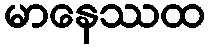
မာနေဿထ